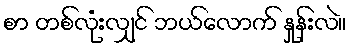
စာ တစ်လုံးလျှင် ဘယ်လောက် နှုန်းလဲ။